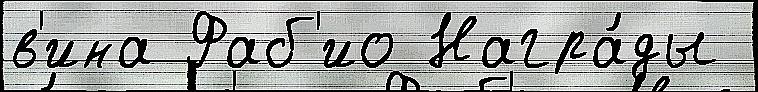
в'ина Фаб'ио Награ́ды